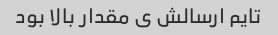
تایم ارسالش ی مقدار بالا بود